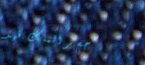
جسر الملك فهد